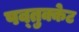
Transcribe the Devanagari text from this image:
पव्तुक्केट